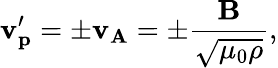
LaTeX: \mathbf{v_{p}^{\prime}}=\pm\mathbf{v_{A}}=\pm\frac{\mathbf{B}}{\sqrt{\mu_{0}\rho}},